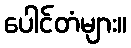
ပေါင်တံများ။